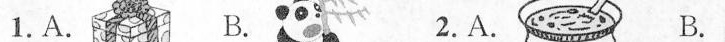
1. A. B. 2. A. B.